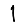
Digit: 1